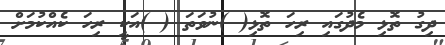
ދިގު ތޮޅި މެދުގައި ރިހަ ތޮޅި( )ނުވަތަ ( )އަކީ ރިހަ ކެއްކުމަށް